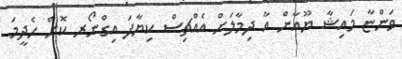
ވަންޏާ މައިޝާ ޔޫއާން އާ ދިމާލަށް އެއްޗިސް ކިޔާފަ އިގްނޯރ ކޮށް ހެދީމަ